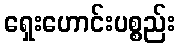
ရှေးဟောင်းပစ္စည်း